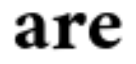
are